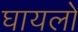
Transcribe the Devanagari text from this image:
घायलो